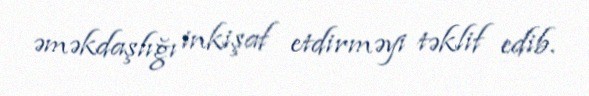
əməkdaşlığı inkişaf etdirməyi təklif edib.